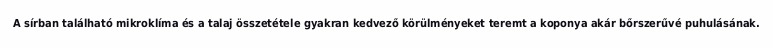
A sírban található mikroklíma és a talaj összetétele gyakran kedvező körülményeket teremt a koponya akár bőrszerűvé puhulásának.